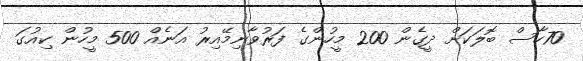
70ހާސް ބޮލަކަށް ދީގެން 200 މީހުންގެ ފަރުވާނިމޭއިރު އަނެއް 500 މީހުން ކިއުގަ